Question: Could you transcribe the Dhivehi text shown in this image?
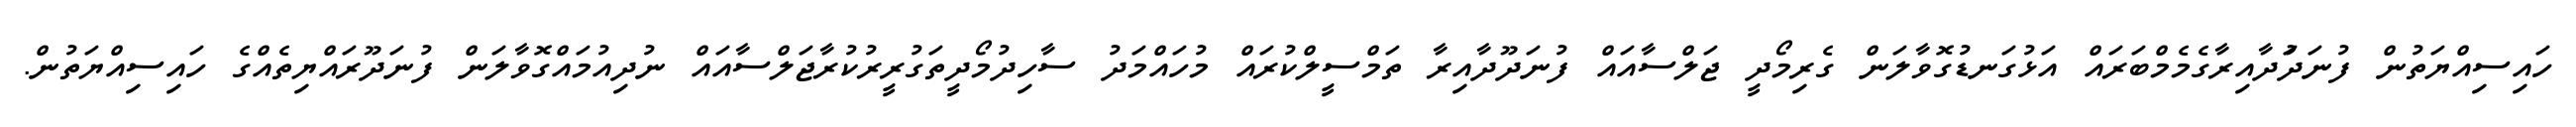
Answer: ހައިސިއްޔަތުން ފުނަދަުދާއިރާގެމެމްބަރައް އަޅުގަނޑުގޮވާލަން ގެރިމޯދީ ޖަލްސާއައް ފުނަދޫދާއިރާ ތަމްސީލްކުރައް މުހައްމަދު ސާހިދުމޯދީތަގުރީރުކުރާޖަލްސާއައް ނުދިއުމައްގޮވާލަން ފުނަދޫރައްޔިތެއްގެ ހައިސިއްޔަތުން.